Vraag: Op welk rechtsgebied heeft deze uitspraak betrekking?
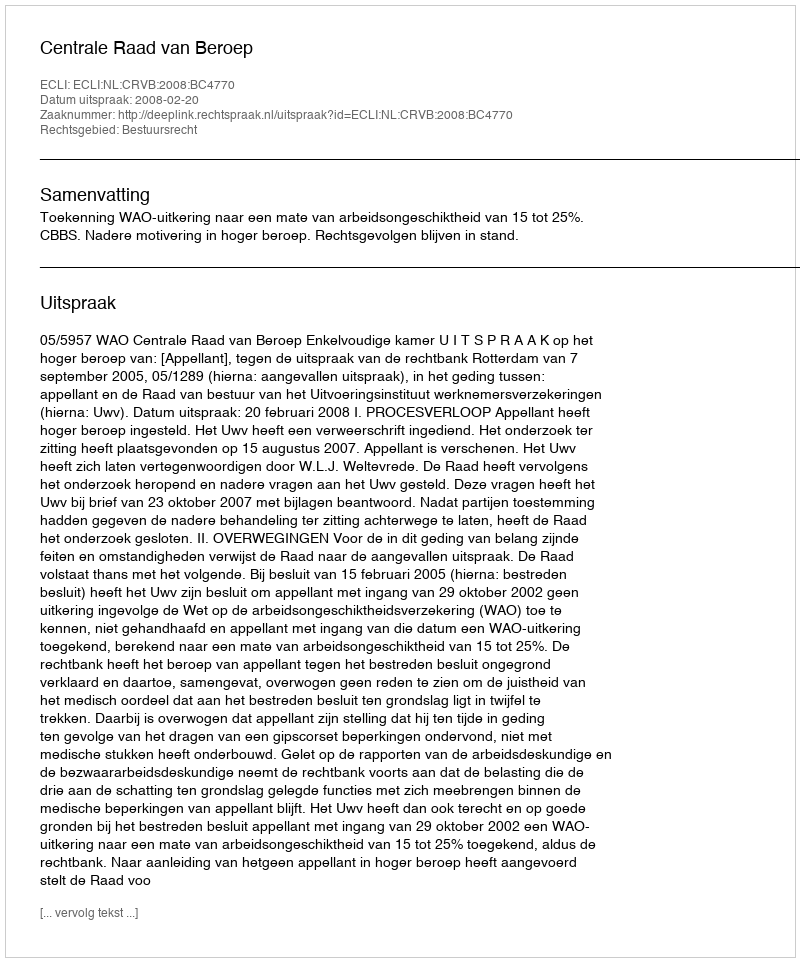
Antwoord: Bestuursrecht